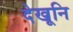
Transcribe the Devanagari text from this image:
देखूनि